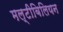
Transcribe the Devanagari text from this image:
मल्टीबिलियन